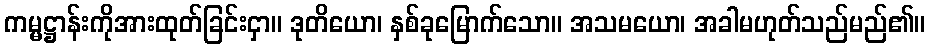
ကမ္မဋ္ဌာန်းကိုအားထုတ်ခြင်းငှာ။ ဒုတိယော၊ နှစ်ခုမြောက်သော။ အသမယော၊ အခါမဟုတ်သည်မည်၏။